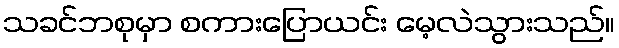
သခင်ဘစုမှာ စကားပြောယင်း မေ့လဲသွားသည်။